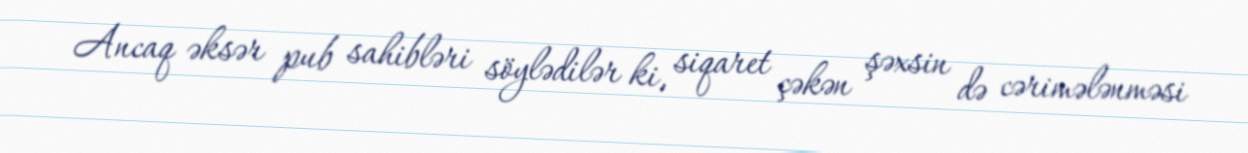
Ancaq əksər pub sahibləri söylədilər ki, siqaret çəkən şəxsin də cərimələnməsi